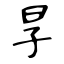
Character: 㫗